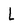
Character: L